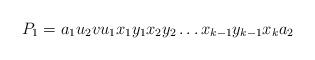
LaTeX: \begin{align*}P_1 = a_1 u_2 v u_1 x_1 y_1 x_2 y_2 \dots x_{k-1}y_{k-1} x_k a_2\end{align*}